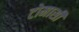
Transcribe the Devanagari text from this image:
टोमासी